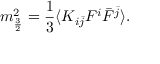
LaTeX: m _ { \frac { 3 } { 2 } } ^ { 2 } = \frac { 1 } { 3 } \langle K _ { i \bar { j } } F ^ { i } \bar { F } ^ { \bar { j } } \rangle .